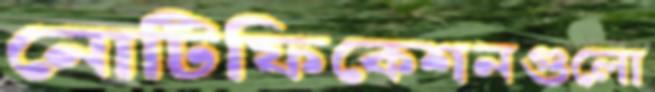
নোটিফিকেশনগুলো